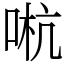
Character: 𠵉